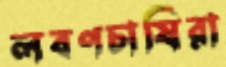
লবণচাষিরা